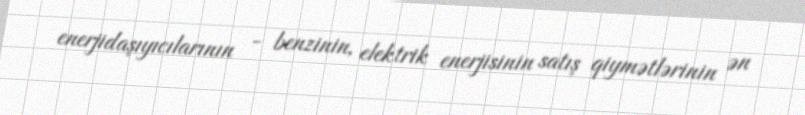
enerjidaşıyıcılarının - benzinin, elektrik enerjisinin satış qiymətlərinin ən